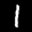
Label: 1